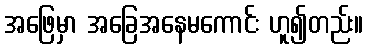
အဖြေမှာ အခြေအနေမကောင်း ဟူ၍တည်း။